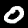
Digit: 0